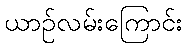
ယာဉ်လမ်းကြောင်း